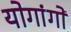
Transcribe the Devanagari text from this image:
योगांगों